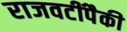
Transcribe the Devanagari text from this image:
राजवटींपैकी